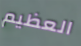
العظيم